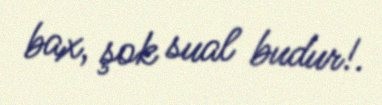
bax, şok sual budur!.